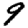
Digit: 9